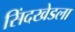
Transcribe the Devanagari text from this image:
सिंदखेडला